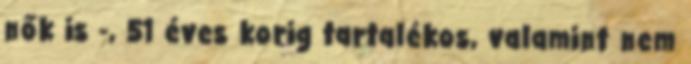
nők is -, 51 éves korig tartalékos, valamint nem